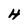
Character: H